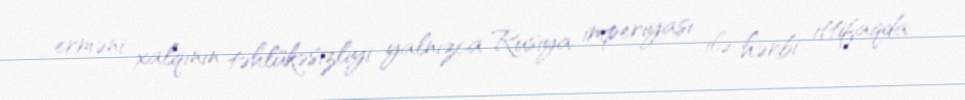
erməni xalqının təhlükəsizliyi yalnızca Rusiya imperiyası ilə hərbi ittifaqda